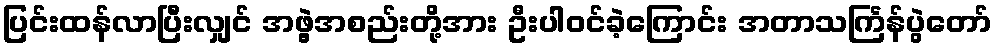
ပြင်းထန်လာပြီးလျှင် အဖွဲ့အစည်းတို့အား ဦးပါဝင်ခဲ့ကြောင်း အတာသင်္ကြန်ပွဲတော်